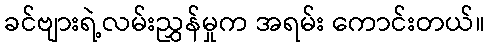
ခင်ဗျားရဲ့လမ်းညွှန်မှုက အရမ်း ကောင်းတယ်။